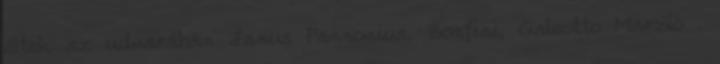
éltek az udvarában Janus Pannonius, Bonfini, Galeotto Marzio .